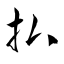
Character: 払